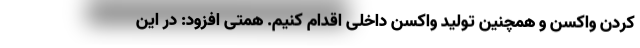
کردن واکسن و همچنین تولید واکسن داخلی اقدام کنیم. همتی افزود: در این